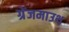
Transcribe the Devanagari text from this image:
ग्रेंजमाउथ